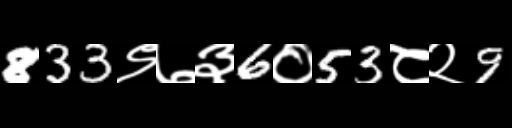
Text: 833९७३6०53८२9